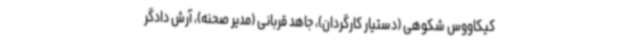
کیکاووس شکوهی (دستیار کارگردان)، جاهد قربانی (مدیر صحنه)، آرش دادگر